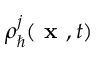
\rho _ { \hbar } ^ { j } ( \textbf { x } , t )